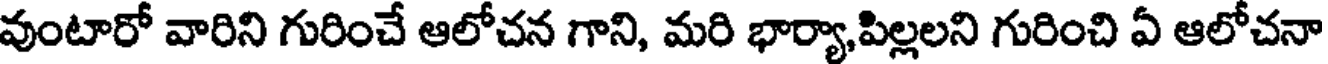
వుంటారో వారిని గురించే ఆలోచన గాని, మరి భార్యాపిల్లలని గురించి ఏ ఆలోచనా